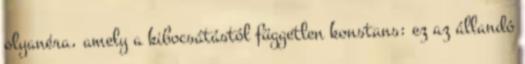
olyanéra, amely a kibocsátástól független konstans: ez az állandó